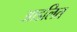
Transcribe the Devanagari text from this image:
आडलित